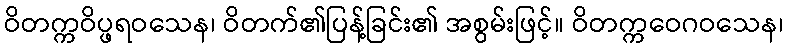
ဝိတက္ကဝိပ္ဖရဝသေန၊ ဝိတက်၏ပြန့်ခြင်း၏ အစွမ်းဖြင့်။ ဝိတက္ကဝေဂဝသေန၊